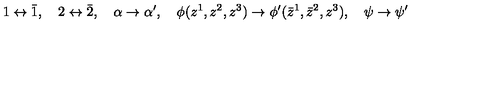
1 \leftrightarrow \bar { 1 } , \quad 2 \leftrightarrow \bar { 2 } , \quad \alpha \rightarrow \alpha ^ { \prime } , \quad \phi ( z ^ { 1 } , z ^ { 2 } , z ^ { 3 } ) \rightarrow \phi ^ { \prime } ( \bar { z } ^ { 1 } , \bar { z } ^ { 2 } , z ^ { 3 } ) , \quad \psi \rightarrow \psi ^ { \prime }